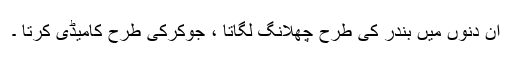
ان دنوں میں بندر کی طرح چھلانگ لگاتا ، جوکرکی طرح کامیڈی کرتا ۔